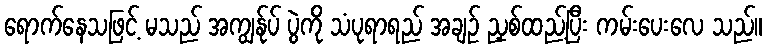
ရောက်နေသဖြင့် မသည် အကျွန်ုပ် ပွဲကို သံပုရာရည် အချဉ် ညှစ်ထည့်ပြီး ကမ်းပေးလေ သည်။